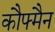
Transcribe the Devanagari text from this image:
कौफ्मैन